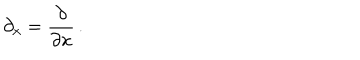
LaTeX: \: \partial _ { x } = \frac { \partial } { \partial x } \, . \: